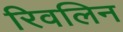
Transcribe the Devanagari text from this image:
रिवलिन